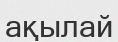
ақылай